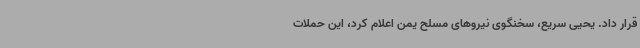
قرار داد. یحیی سریع، سخنگوی نیروهای مسلح یمن اعلام کرد، این حملات